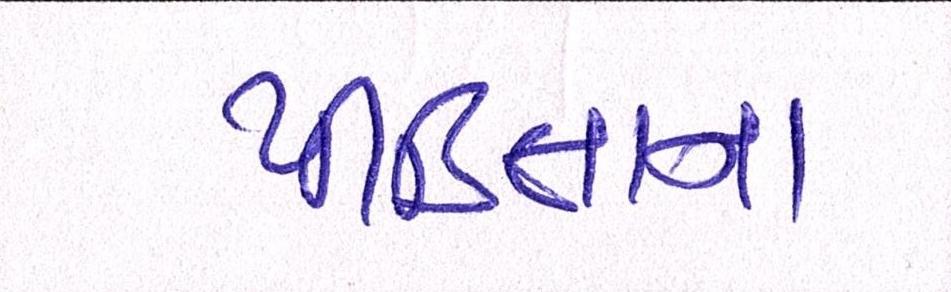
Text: પીડિતાના